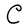
Character: C